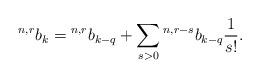
LaTeX: \begin{align*}{^{n,r}b}_k= {^{n,r}b}_{k-q}+\sum _{s>0}{^{n,r-s}}b_{k-q}\frac{1}{s!}.\end{align*}